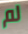
لم